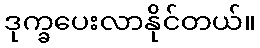
ဒုက္ခပေးလာနိုင်တယ်။